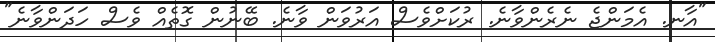
"އާނ. އެމަންޖެ ނެރެންވާނެ. ރުކަށްވެސް އަރުވަން ވާނެ. ބޭނުން ގޮތެއް ވެސް ހަދަންވާނެ"